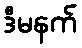
ဒီမနက်